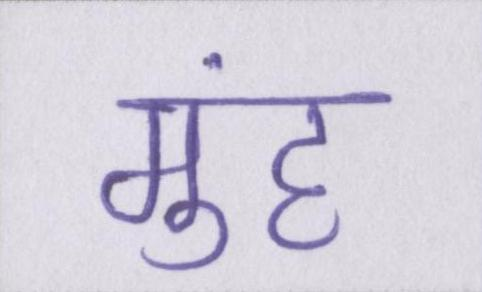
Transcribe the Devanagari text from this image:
मुंह